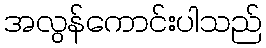
အလွန်ကောင်းပါသည်